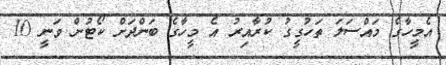
އެމީހާގެ މައްސަލަ ތަހުގީގު ކުރާއިރު އެ މީހާގެ ބަންދަށް ކޯޓުން ވަނީ 10